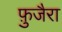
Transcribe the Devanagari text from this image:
फ़ुजैरा